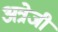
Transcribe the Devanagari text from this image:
अत्रेजी